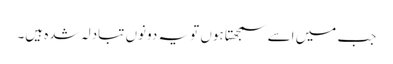
جب میں اسے سمجھتا ہوں تو یہ دونوں تبادلہ شدہ ہیں۔